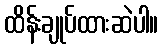
ထိန်းချုပ်ထားဆဲပါ။